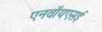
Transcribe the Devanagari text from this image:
एनवॉयएसई